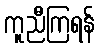
ကူညီကြရန်